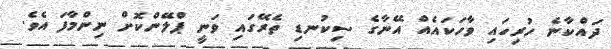
ދައްކާނެ ހުރިހައި ވާހަކައެއް އޭނާގެ ސިކުނޑި ތެރޭގައި ވަނީ ޕްލޭންކޮށް ނިންމާފަ އެވެ.